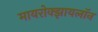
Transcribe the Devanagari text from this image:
मायरोक्झायलॉन